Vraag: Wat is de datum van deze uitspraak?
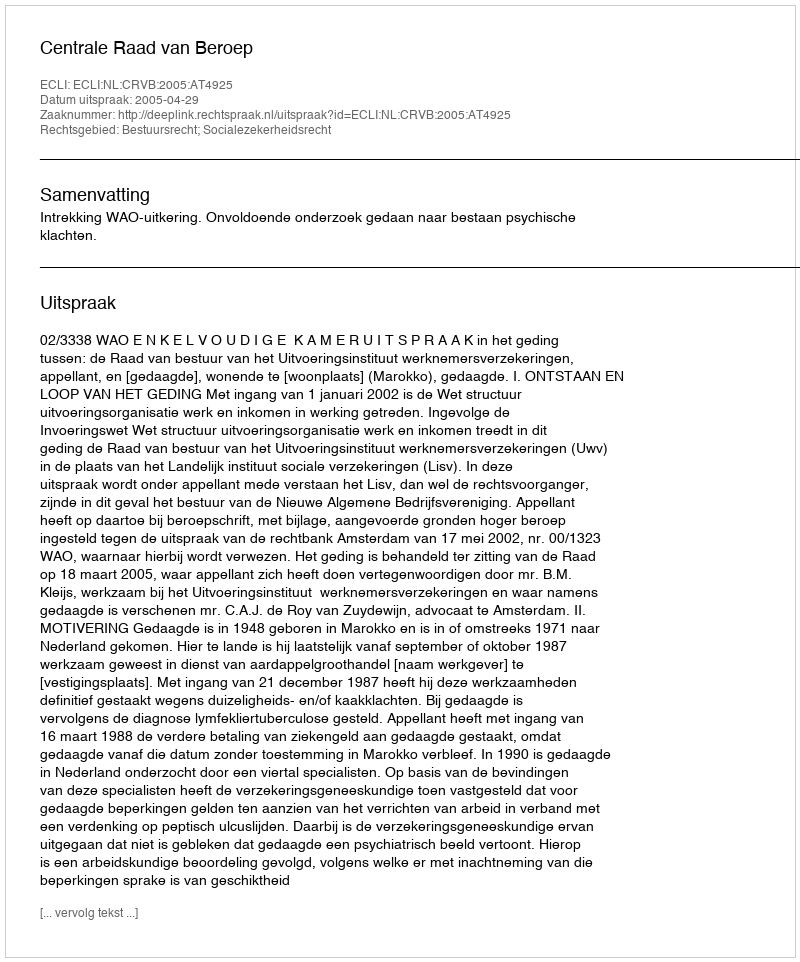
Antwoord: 2005-04-29